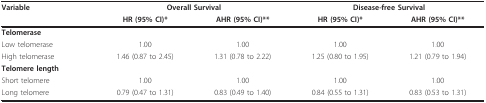
<table><thead><tr><td><b>Variable</b></td><td colspan="2"><b>Overall Survival</b></td><td colspan="2"><b>Disease-free Survival</b></td></tr><tr><td></td><td><b>HR (95% CI)*</b></td><td><b>AHR (95% CI)**</b></td><td><b>HR (95% CI)*</b></td><td><b>AHR (95% CI)**</b></td></tr></thead><tbody><tr><td><b>Telomerase</b></td><td></td><td></td><td></td><td></td></tr><tr><td>Low telomerase</td><td>1.00</td><td>1.00</td><td>1.00</td><td>1.00</td></tr><tr><td>High telomerase</td><td>1.46 (0.87 to 2.45)</td><td>1.31 (0.78 to 2.22)</td><td>1.25 (0.80 to 1.95)</td><td>1.21 (0.79 to 1.94)</td></tr><tr><td><b>Telomere length</b></td><td></td><td></td><td></td><td></td></tr><tr><td>Short telomere</td><td>1.00</td><td>1.00</td><td>1.00</td><td>1.00</td></tr><tr><td>Long telomere</td><td>0.79 (0.47 to 1.31)</td><td>0.83 (0.49 to 1.40)</td><td>0.84 (0.55 to 1.31)</td><td>0.83 (0.53 to 1.31)</td></tr></tbody></table>